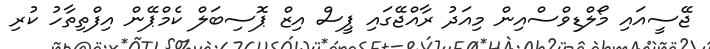
ޖޭސީއައި މޯލްޑިވްސްއިން މިއަދު ރާއްޖޭގައި ޕީސް އިޒް ޕޮސިބަލް ކެމްޕޭން އިފްތިތާހު ކުރި